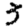
Digit: 3